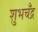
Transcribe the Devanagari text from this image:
शुभचँद्र